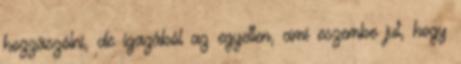
hozzászólni, de igazából az egyetlen, ami eszembe jut, hogy